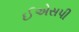
ઈએસપી